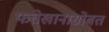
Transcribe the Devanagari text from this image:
फतेखानासोबत